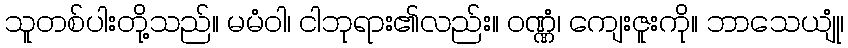
သူတစ်ပါးတို့သည်။ မမံဝါ၊ ငါဘုရား၏လည်း။ ဝဏ္ဏံ၊ ကျေးဇူးကို။ ဘာသေယျုံ၊